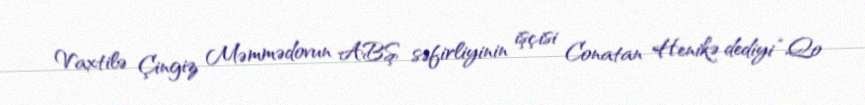
Vaxtilə Çingiz Məmmədovun ABŞ səfirliyinin işçisi Conatan Henikə dediyi “Qo